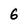
Character: 6